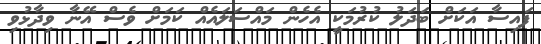
ފައިސާ އަކަށް ބަދަލު ކުރުމަކީ އެހެން މައްސަލައެއް ކަމަށް ވެސް އޭނާ ވިދާޅުވި